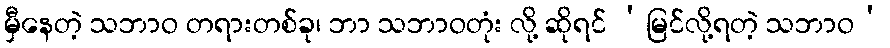
မှီနေတဲ့ သဘာဝ တရားတစ်ခု၊ ဘာ သဘာဝတုံး လို့ ဆိုရင် ‘မြင်လို့ရတဲ့ သဘာဝ’